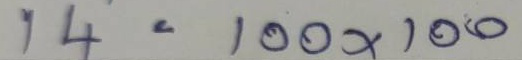
14 = 100x100